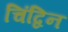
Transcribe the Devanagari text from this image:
चिंद्विन